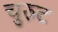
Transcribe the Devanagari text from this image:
चुरुट